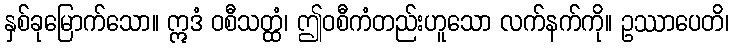
နှစ်ခုမြောက်သော။ ဣဒံ ဝစီသတ္ထံ၊ ဤဝစီကံတည်းဟူသော လက်နက်ကို။ ဥဿာပေတိ၊